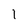
Character: 1